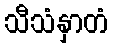
သီသံနှာတံ